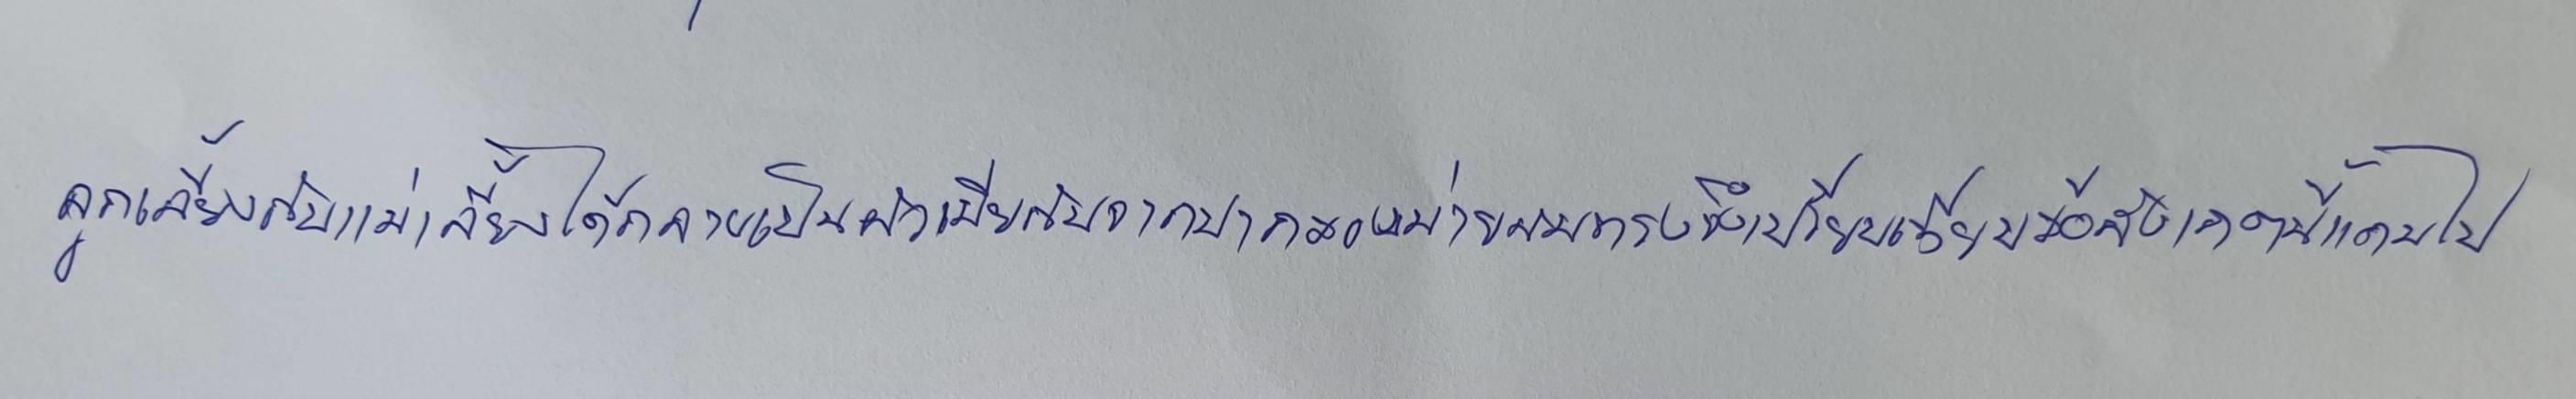
ลูกเลี้ยงกับแม่เลี้ยงได้กลายเป็นผัวเมียกันจากปากของม่ายสมทรงจึงเปรียบเทียบข้อสังเกตนี้แถมไป